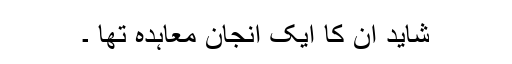
شاید ان کا ایک انجان معاہدہ تھا ۔